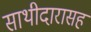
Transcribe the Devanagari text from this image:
साथीदारासह